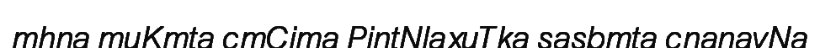
mhna muKmta cmCima PintNlaxuTka sasbmta cnanavNa